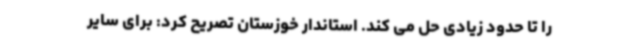
را تا حدود زیادی حل می کند. استاندار خوزستان تصریح کرد: برای سایر